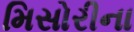
મિસોરીના